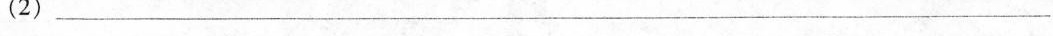
(2)___